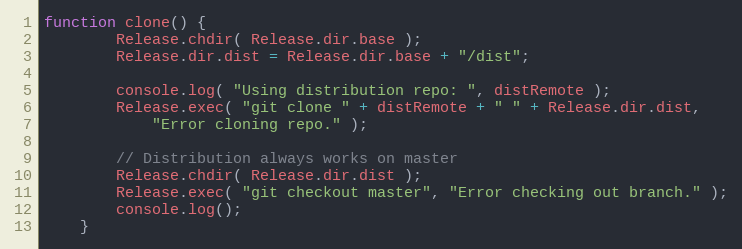
Language: JavaScript
function clone() {
		Release.chdir( Release.dir.base );
		Release.dir.dist = Release.dir.base + "/dist";

		console.log( "Using distribution repo: ", distRemote );
		Release.exec( "git clone " + distRemote + " " + Release.dir.dist,
			"Error cloning repo." );

		// Distribution always works on master
		Release.chdir( Release.dir.dist );
		Release.exec( "git checkout master", "Error checking out branch." );
		console.log();
	}